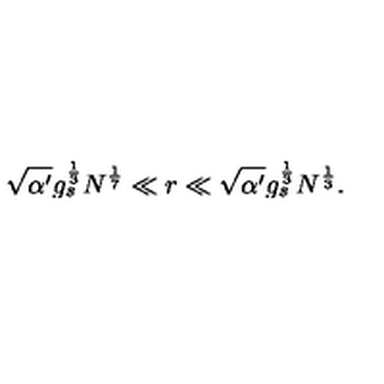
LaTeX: \sqrt { \alpha ^ { \prime } } g _ { s } ^ { \frac { 1 } { 3 } } N ^ { \frac { 1 } { 7 } } \ll r \ll \sqrt { \alpha ^ { \prime } } g _ { s } ^ { \frac { 1 } { 3 } } N ^ { \frac { 1 } { 3 } } .